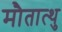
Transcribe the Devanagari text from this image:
मौतात्थु